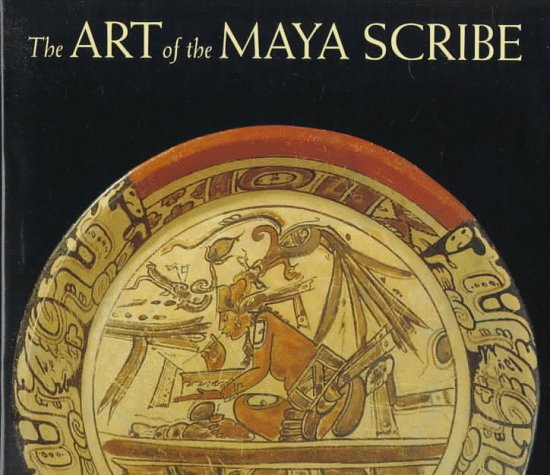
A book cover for Art of the Maya Scribe; Michael Coe; Arts & Photography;